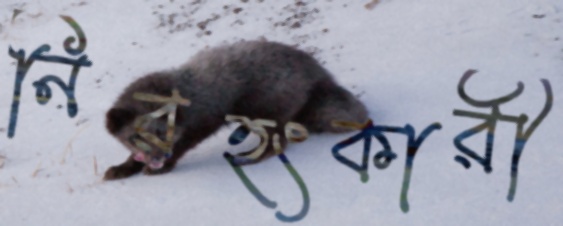
নিরহংকারী